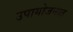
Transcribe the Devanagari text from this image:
उपायोजनात